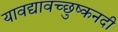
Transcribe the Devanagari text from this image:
यावद्यावच्छुष्कनदी